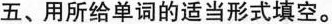
五、用所给单词的适当形式填空。